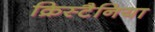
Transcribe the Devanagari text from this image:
क्रिस्टैनिया